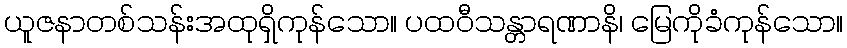
ယူဇနာတစ်သန်းအထုရှိကုန်သော။ ပထဝီသန္တာရဏာနိ၊ မြေကိုခံကုန်သော။